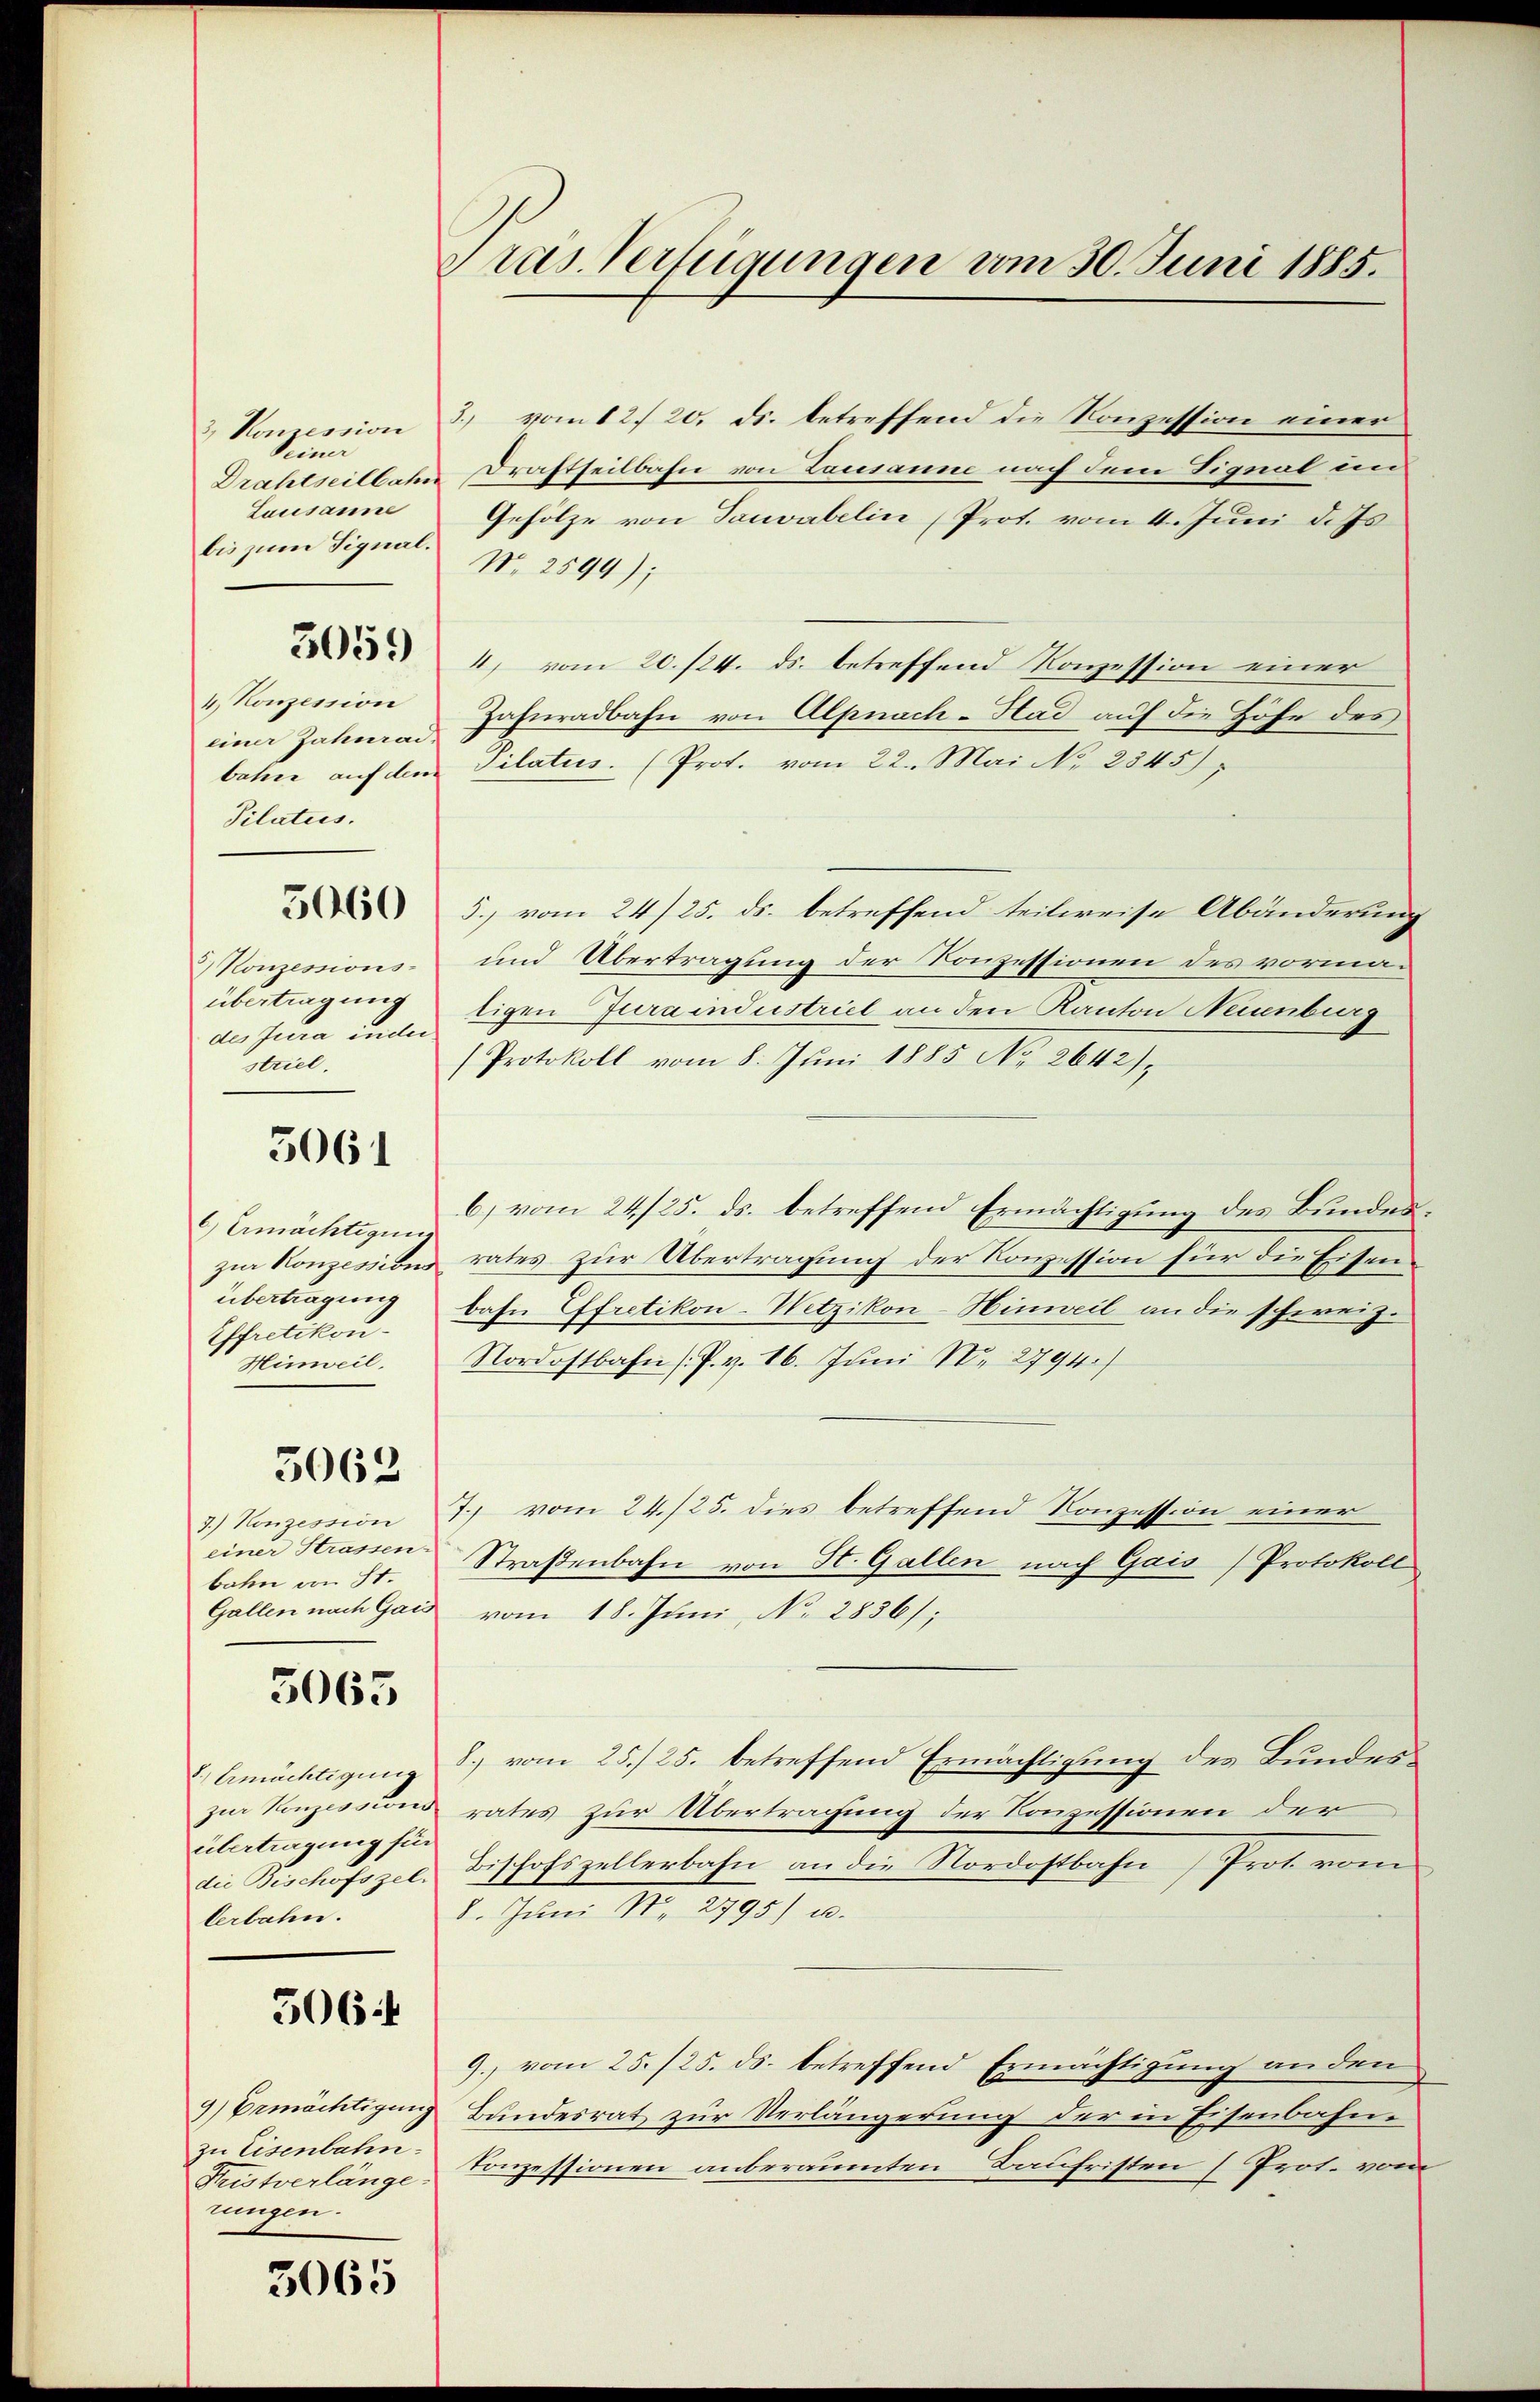
Seiner
Lausanne
bis zum Signal.

4. Konzession
einer Jahnrad-
Pilatus.

3 Konzessions-
des Jura inder
striel

5061

) Ermächtigung
übertragung
Effretikon-
Hinweil,

3062

einer Strassen.
bahn von St.

5065

2.) Ermächtigung
übertragung für
die Beschofsgel
lerbahn.

5064

zu Eisenbahn.
rungen.

3065

& Konzession 3. vom 12. 20. ds. betreffend die Konzession einer
Drahtseilbahn Drastheilbahn von Lausanne nach dem Signal un
Gehölze von Sauvabelin (Prot. vom 4. Juni d. Js.
N. 2599);
 4, vom 20. 124. ds. betreffend Konzession einer
Zahnradbahn von Alpnach-Had auf die Höhe des
bahrer auf dem Pilatus (Prot. vom 22. Mai No 2345)
5) vom 24./25. ds. betreffend teilweise Abänderung
und Übertragung der Konzessionen des vormaübertragung ligen Juraindustriel an den Kanton Neuenburg
(Protokoll vom 8. Juni 1885 No 2642),
b) vom 24./25. ds. betreffend Ermächtigung des Bundeszur Konzession rates zur Übertragung der Konzession für die Eisenbahn Effretikon-Wetzikon-Hinweil an die schweiz.
Nordostbahn (P. v. 16. Juni N. 2794.
3.) Konzession) vom 24./25. dies betreffend Konzession einer
Straßenbahn von St. Gallen nach Gais (Protokoll
Gallen nach Gais vom 18. Juni, No. 2836);
8.) vom 25./25. betreffend Ermächtigung des Bundes-
zur Konzessions rates zur Übertragung der Konzessionen der
Bischofszellerbahn an die Nordostbahn (Prot. vom
8. Juni N. 2795) u.
9. vom 25. /25. ds. betreffend Ermächtigung an den
9) Ermächtigung Bundesrat zur Verlängerung der in Eisenbahne
Tristverlänge Conzessionen anbrräumten Baufristen (Prot. vom

Pras. Verfügungen vom 30. Juni 1885.